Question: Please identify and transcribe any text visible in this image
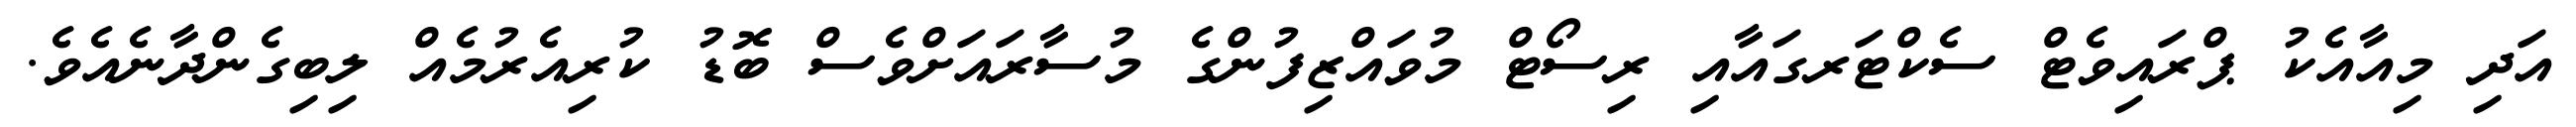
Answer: އަދި މިއާއެކު ޕްރައިވެޓް ސެކްޓަރގައާއި ރިސޯޓް މުވައްޒިފުންގެ މުސާރައަށްވެސް ބޮޑު ކުރިއެރުމެއް ލިބިގެންދާނެއެވެ.